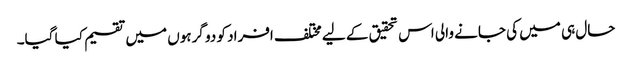
حال ہی میں کی جانے والی اس تحقیق کے لیے مختلف افراد کو دو گرہوں میں تقسیم کیا گیا۔